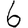
Digit: 6